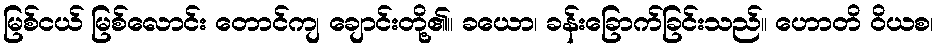
မြစ်ငယ် မြစ်လောင်း တောင်ကျ ချောင်းတို့၏။ ခယော၊ ခန်းခြောက်ခြင်းသည်။ ဟောတိ ဝိယစ၊